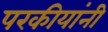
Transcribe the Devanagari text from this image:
परकीयांनी